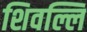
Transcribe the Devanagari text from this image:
शिवल्लि